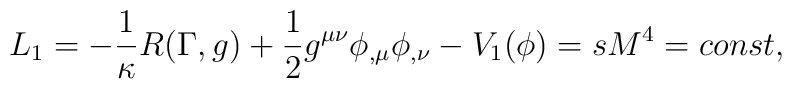
L_{1}=-\frac{1}{\kappa}R(\Gamma,g)+\frac{1}{2}g^{\mu\nu}\phi_{,\mu} \phi_{,\nu}-V_{1}(\phi)=sM^{4}=const ,